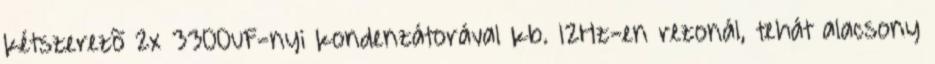
kétszerezõ 2x 3300uF-nyi kondenzátorával kb. 12Hz-en rezonál, tehát alacsony